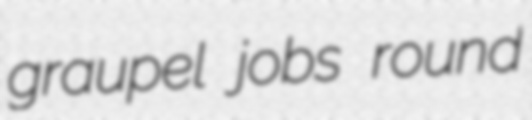
graupel jobs round